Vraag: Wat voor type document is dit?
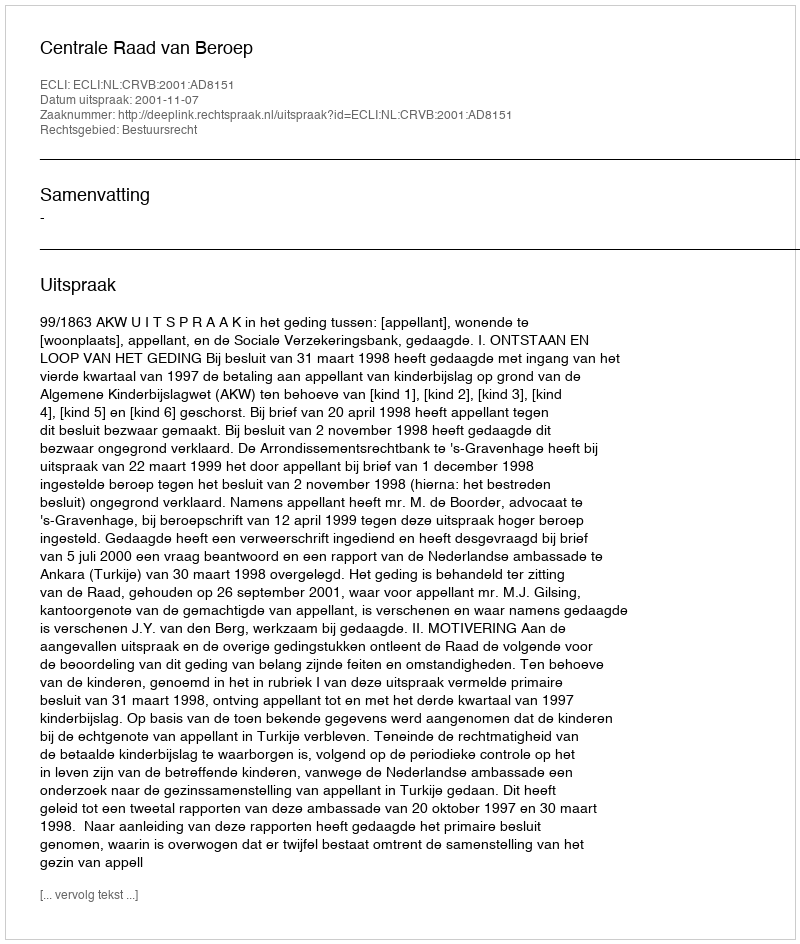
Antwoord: Uitspraak